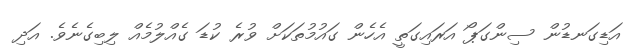
އަޑިގަނޑުން ސިންގަޕޯ އަރައިގަތީ އެހެން ގައުމުތަކަށް ވުރެ ކުޑަ ގެއްލުމެއް ލިބިގެނެވެ. އަދި